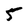
Character: 5